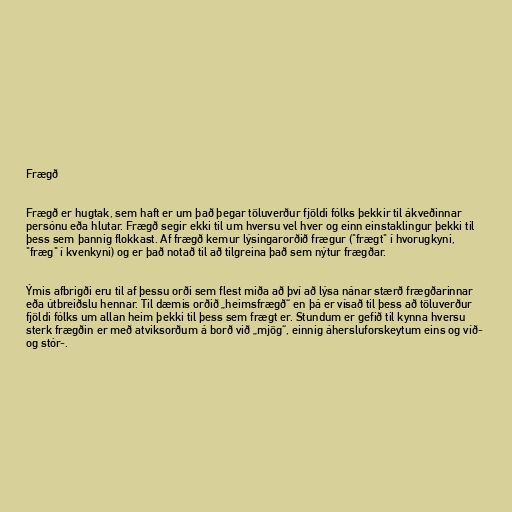
Frægð

Frægð er hugtak, sem haft er um það þegar töluverður fjöldi fólks þekkir til ákveðinnar
persónu eða hlutar. Frægð segir ekki til um hversu vel hver og einn einstaklingur þekki til
þess sem þannig flokkast. Af frægð kemur lýsingarorðið frægur ("frægt" í hvorugkyni,
"fræg" í kvenkyni) og er það notað til að tilgreina það sem nýtur frægðar.

Ýmis afbrigði eru til af þessu orði sem flest miða að því að lýsa nánar stærð frægðarinnar
eða útbreiðslu hennar. Til dæmis orðið „heimsfrægð“ en þá er vísað til þess að töluverður
fjöldi fólks um allan heim þekki til þess sem frægt er. Stundum er gefið til kynna hversu
sterk frægðin er með atviksorðum á borð við „mjög“, einnig áhersluforskeytum eins og víð-
og stór-.